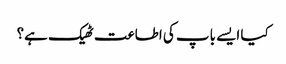
کیا ایسے باپ کی اطاعت ٹھیک ہے؟